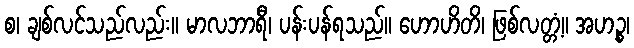
စ၊ ချစ်လင်သည်လည်း။ မာလဘာရီ၊ ပန်းပန်ရသည်။ ဟောဟိတိ၊ ဖြစ်လတ္တံ့။ အဟဉ္စ၊